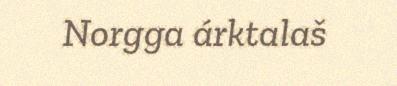
Norgga árktalaš